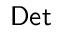
{ \sf D e t }